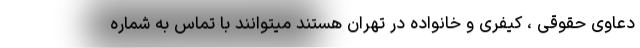
دعاوی حقوقی ، کیفری و خانواده در تهران هستند میتوانند با تماس به شماره